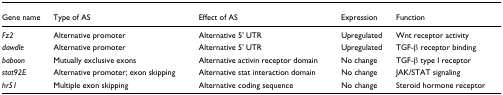
<table><thead><tr><td><b>Gene name</b></td><td><b>Type of AS</b></td><td><b>Effect of AS</b></td><td><b>Expression</b></td><td><b>Function</b></td></tr></thead><tbody><tr><td><i>Fz2</i></td><td>Alternative promoter</td><td>Alternative 5&#x27; UTR</td><td>Upregulated</td><td>Wnt receptor activity</td></tr><tr><td><i>dawdle</i></td><td>Alternative promoter</td><td>Alternative 5&#x27; UTR</td><td>Upregulated</td><td>TGF-β receptor binding</td></tr><tr><td><i>baboon</i></td><td>Mutually exclusive exons</td><td>Alternative activin receptor domain</td><td>No change</td><td>TGF-β type I receptor</td></tr><tr><td><i>stat92E</i></td><td>Alternative promoter; exon skipping</td><td>Alternative stat interaction domain</td><td>No change</td><td>JAK/STAT signaling</td></tr><tr><td><i>hr51</i></td><td>Multiple exon skipping</td><td>Alternative coding sequence</td><td>No change</td><td>Steroid hormone receptor</td></tr></tbody></table>